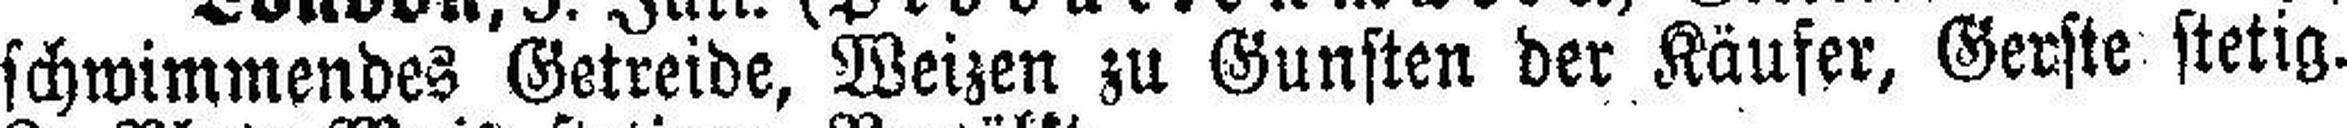
schwimmendes Getreide, Weizen zu Gunsten der Käufer, Gerste stetig.